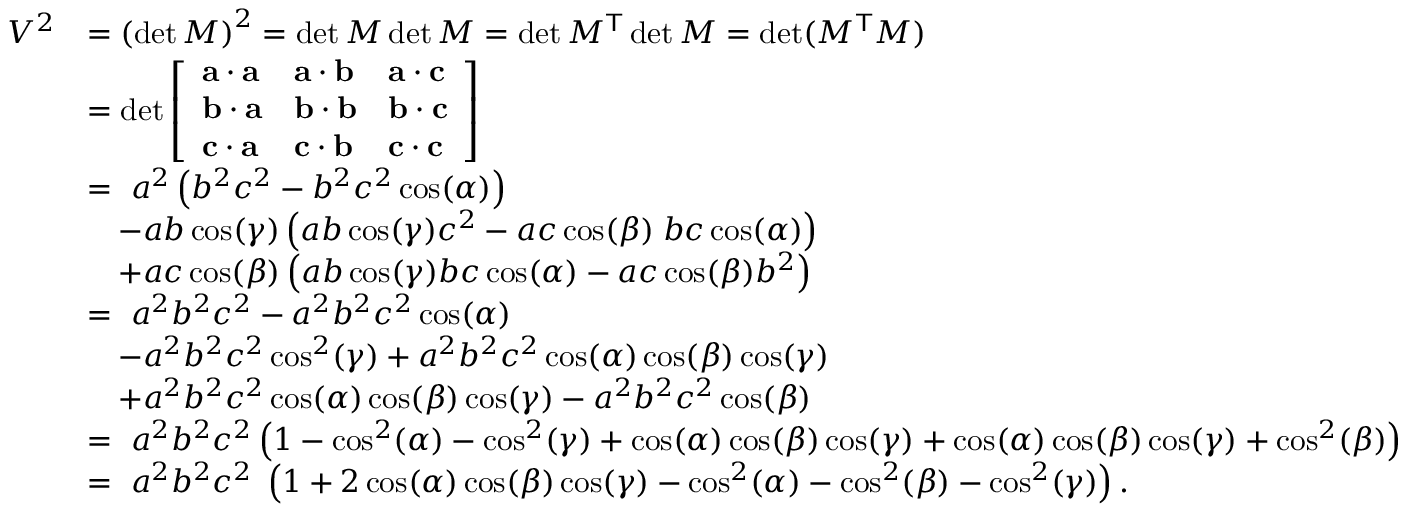
{ \begin{array} { r l } { V ^ { 2 } } & { = \left( \operatorname* { d e t } M \right) ^ { 2 } = \operatorname* { d e t } M \operatorname* { d e t } M = \operatorname* { d e t } M ^ { \mathsf { T } } \operatorname* { d e t } M = \operatorname* { d e t } ( M ^ { \mathsf { T } } M ) } \\ & { = \operatorname* { d e t } { \left[ \begin{array} { l l l } { \mathbf { a } \cdot \mathbf { a } } & { \mathbf { a } \cdot \mathbf { b } } & { \mathbf { a } \cdot \mathbf { c } } \\ { \mathbf { b } \cdot \mathbf { a } } & { \mathbf { b } \cdot \mathbf { b } } & { \mathbf { b } \cdot \mathbf { c } } \\ { \mathbf { c } \cdot \mathbf { a } } & { \mathbf { c } \cdot \mathbf { b } } & { \mathbf { c } \cdot \mathbf { c } } \end{array} \right] } } \\ & { = \ a ^ { 2 } \left( b ^ { 2 } c ^ { 2 } - b ^ { 2 } c ^ { 2 } \cos ( \alpha ) \right) } \\ & { \quad - a b \cos ( \gamma ) \left( a b \cos ( \gamma ) c ^ { 2 } - a c \cos ( \beta ) \; b c \cos ( \alpha ) \right) } \\ & { \quad + a c \cos ( \beta ) \left( a b \cos ( \gamma ) b c \cos ( \alpha ) - a c \cos ( \beta ) b ^ { 2 } \right) } \\ & { = \ a ^ { 2 } b ^ { 2 } c ^ { 2 } - a ^ { 2 } b ^ { 2 } c ^ { 2 } \cos ( \alpha ) } \\ & { \quad - a ^ { 2 } b ^ { 2 } c ^ { 2 } \cos ^ { 2 } ( \gamma ) + a ^ { 2 } b ^ { 2 } c ^ { 2 } \cos ( \alpha ) \cos ( \beta ) \cos ( \gamma ) } \\ & { \quad + a ^ { 2 } b ^ { 2 } c ^ { 2 } \cos ( \alpha ) \cos ( \beta ) \cos ( \gamma ) - a ^ { 2 } b ^ { 2 } c ^ { 2 } \cos ( \beta ) } \\ & { = \ a ^ { 2 } b ^ { 2 } c ^ { 2 } \left( 1 - \cos ^ { 2 } ( \alpha ) - \cos ^ { 2 } ( \gamma ) + \cos ( \alpha ) \cos ( \beta ) \cos ( \gamma ) + \cos ( \alpha ) \cos ( \beta ) \cos ( \gamma ) + \cos ^ { 2 } ( \beta ) \right) } \\ & { = \ a ^ { 2 } b ^ { 2 } c ^ { 2 } \; \left( 1 + 2 \cos ( \alpha ) \cos ( \beta ) \cos ( \gamma ) - \cos ^ { 2 } ( \alpha ) - \cos ^ { 2 } ( \beta ) - \cos ^ { 2 } ( \gamma ) \right) . } \end{array} }